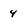
Character: 4